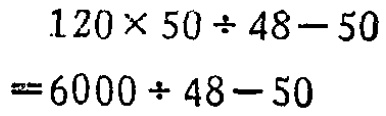
\[
\begin{align*}
&120\times50\div48 - 50\\
=&6000\div48 - 50
\end{align*}
\]